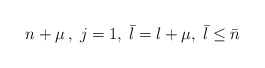
\begin{align*}n+\mu \,,\;j=1,\;\bar{l}=l+\mu ,\;\bar{l}\leq \bar{n} \\ \end{align*}